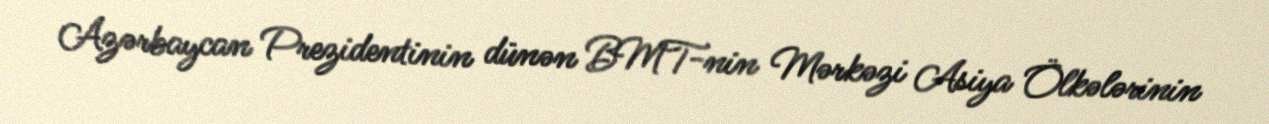
Azərbaycan Prezidentinin dünən BMT-nin Mərkəzi Asiya Ölkələrinin